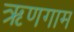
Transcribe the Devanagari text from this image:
ऋणगाम